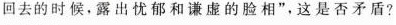
回去的时候，露出忧郁和谦虚的脸相”，这是否矛盾?